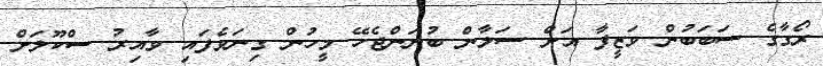
ރޯގާގެ ސަބަބުން ވަޒީފާ އަށް ސަލާން ބުނަންޖެހޭ މީހުން ގިނަވެފައި ވާއިރު ސްކޫލަށް